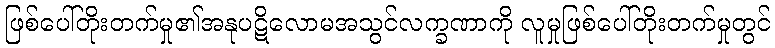
ဖြစ်ပေါ်တိုးတက်မှု၏အနုပဋိလောမအသွင်လက္ခဏာကို လူမှုဖြစ်ပေါ်တိုးတက်မှုတွင်